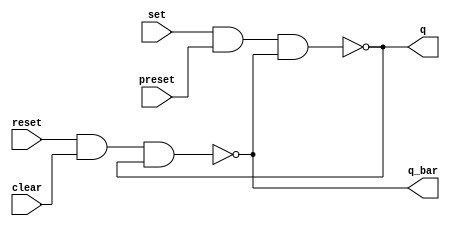
//set, reset, preset, clear are active low
module sr_latch(input set, reset, preset, clear, output q, q_bar);
  assign q = ~(set & preset & q_bar);
  assign q_bar = ~(reset & clear & q);
endmodule

//enable, set, and reset are active high; preset and clear are active low
module gated_sr_latch(input enable, set, reset, preset, clear, output q, q_bar);
  sr_latch sr(
      .set (~(set & enable)),
      .reset (~(reset & enable)),
      .preset (preset),
      .clear (clear),
      .q (q),
      .q_bar (q_bar)
  );
endmodule